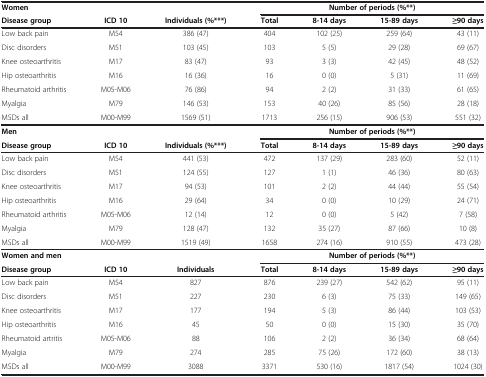
<table><thead><tr><td><b>Women</b></td><td><b> </b></td><td><b> </b></td><td colspan="4"><b>Number of periods (%**)</b></td></tr><tr><td><b>Disease group</b></td><td><b>ICD 10</b></td><td><b>Individuals (%***)</b></td><td><b>Total</b></td><td><b>8-14 days</b></td><td><b>15-89 days</b></td><td><b>≥90 days</b></td></tr></thead><tbody><tr><td>Low back pain</td><td>M54</td><td>386 (47)</td><td>404</td><td>102 (25)</td><td>259 (64)</td><td>43 (11)</td></tr><tr><td>Disc disorders</td><td>M51</td><td>103 (45)</td><td>103</td><td>5 (5)</td><td>29 (28)</td><td>69 (67)</td></tr><tr><td>Knee osteoarthritis</td><td>M17</td><td>83 (47)</td><td>93</td><td>3 (3)</td><td>42 (45)</td><td>48 (52)</td></tr><tr><td>Hip osteoarthritis</td><td>M16</td><td>16 (36)</td><td>16</td><td>0 (0)</td><td>5 (31)</td><td>11 (69)</td></tr><tr><td>Rheumatoid arthritis</td><td>M05-M06</td><td>76 (86)</td><td>94</td><td>2 (2)</td><td>31 (33)</td><td>61 (65)</td></tr><tr><td>Myalgia</td><td>M79</td><td>146 (53)</td><td>153</td><td>40 (26)</td><td>85 (56)</td><td>28 (18)</td></tr><tr><td>MSDs all</td><td>M00-M99</td><td>1569 (51)</td><td>1713</td><td>256 (15)</td><td>906 (53)</td><td>551 (32)</td></tr><tr><td><b>Men</b></td><td> </td><td> </td><td colspan="4"><b>Number of periods (%**)</b></td></tr><tr><td><b>Disease group</b></td><td><b>ICD 10</b></td><td><b>Individuals (%***)</b></td><td><b>Total</b></td><td><b>8-14 days</b></td><td><b>15-89 days</b></td><td><b>≥90 days</b></td></tr><tr><td>Low back pain</td><td>M54</td><td>441 (53)</td><td>472</td><td>137 (29)</td><td>283 (60)</td><td>52 (11)</td></tr><tr><td>Disc disorders</td><td>M51</td><td>124 (55)</td><td>127</td><td>1 (1)</td><td>46 (36)</td><td>80 (63)</td></tr><tr><td>Knee osteoarthritis</td><td>M17</td><td>94 (53)</td><td>101</td><td>2 (2)</td><td>44 (44)</td><td>55 (54)</td></tr><tr><td>Hip osteoarthritis</td><td>M16</td><td>29 (64)</td><td>34</td><td>0 (0)</td><td>10 (29)</td><td>24 (71)</td></tr><tr><td>Rheumatoid arthritis</td><td>M05-M06</td><td>12 (14)</td><td>12</td><td>0 (0)</td><td>5 (42)</td><td>7 (58)</td></tr><tr><td>Myalgia</td><td>M79</td><td>128 (47)</td><td>132</td><td>35 (27)</td><td>87 (66)</td><td>10 (8)</td></tr><tr><td>MSDs all</td><td>M00-M99</td><td>1519 (49)</td><td>1658</td><td>274 (16)</td><td>910 (55)</td><td>473 (28)</td></tr><tr><td><b>Women and men</b></td><td> </td><td> </td><td colspan="4"><b>Number of periods (%**)</b></td></tr><tr><td><b>Disease group</b></td><td><b>ICD 10</b></td><td><b>Individuals</b></td><td><b>Total</b></td><td><b>8-14 days</b></td><td><b>15-89 days</b></td><td><b>≥90 days</b></td></tr><tr><td>Low back pain</td><td>M54</td><td>827</td><td>876</td><td>239 (27)</td><td>542 (62)</td><td>95 (11)</td></tr><tr><td>Disc disorders</td><td>M51</td><td>227</td><td>230</td><td>6 (3)</td><td>75 (33)</td><td>149 (65)</td></tr><tr><td>Knee osteoarthritis</td><td>M17</td><td>177</td><td>194</td><td>5 (3)</td><td>86 (44)</td><td>103 (53)</td></tr><tr><td>Hip osteoarthritis</td><td>M16</td><td>45</td><td>50</td><td>0 (0)</td><td>15 (30)</td><td>35 (70)</td></tr><tr><td>Rheumatoid artritis</td><td>M05-M06</td><td>88</td><td>106</td><td>2 (2)</td><td>36 (34)</td><td>68 (64)</td></tr><tr><td>Myalgia</td><td>M79</td><td>274</td><td>285</td><td>75 (26)</td><td>172 (60)</td><td>38 (13)</td></tr><tr><td>MSDs all</td><td>M00-M99</td><td>3088</td><td>3371</td><td>530 (16)</td><td>1817 (54)</td><td>1024 (30)</td></tr></tbody></table>